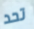
تحد